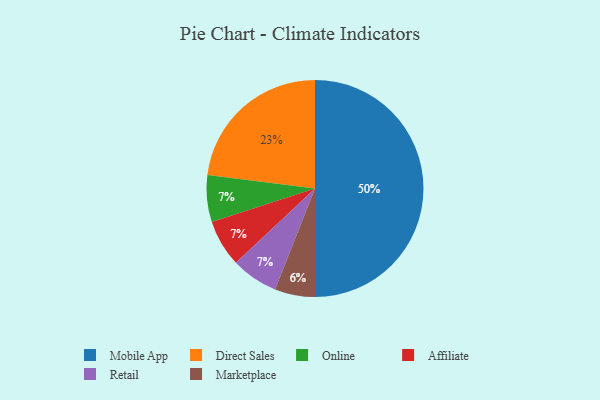
{"axis": {"x": "Category", "y": "Percentage"}, "legend": ["Affiliate", "Direct Sales", "Marketplace", "Mobile App", "Online", "Retail"], "data": [{"x": "Online", "y": 7, "type": "Online"}, {"x": "Affiliate", "y": 7, "type": "Affiliate"}, {"x": "Direct Sales", "y": 23, "type": "Direct Sales"}, {"x": "Marketplace", "y": 6, "type": "Marketplace"}, {"x": "Mobile App", "y": 50, "type": "Mobile App"}, {"x": "Retail", "y": 7, "type": "Retail"}]}